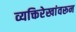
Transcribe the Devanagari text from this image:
व्यक्तिरेखांवरून